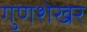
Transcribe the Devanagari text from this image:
गुणशेखर